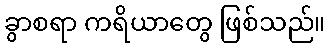
ခွာစရာ ကရိယာတွေ ဖြစ်သည်။